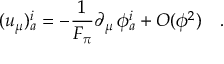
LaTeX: ( u _ { \mu } ) _ { a } ^ { i } = - \frac { 1 } { F _ { \pi } } \partial _ { \mu } \, \phi _ { a } ^ { i } + { \cal O } ( \phi ^ { 2 } ) \quad .